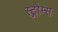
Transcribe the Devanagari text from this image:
स्ट्रोम्स